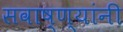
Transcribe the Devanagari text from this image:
सवाष्ण्यांनी